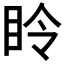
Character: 𪾧